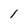
Character: 1